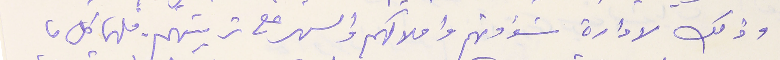
وذلك لادارة شؤاونهم واملاكهم والسهر على تربيتهم فلهما كل ما